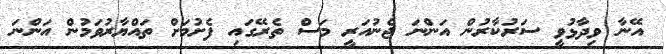
އޭނާ ވިދާޅުވީ ސަރުކާރުން އަންނަ ޖެނުއަރީ މަސް ތެރޭގައި ފެށުމަށް ތައްޔާރުވަމުން އަންނަ